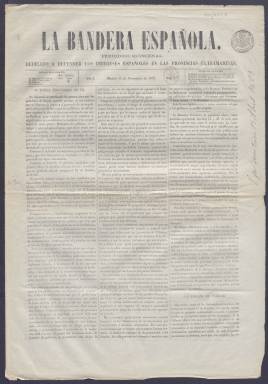
Título: La Bandera española (Madrid)
Colección: Periódicos
Ámbito geográfico: Madrid
Lugar de publicación: Madrid
Fechas: 13/11/1872-13/01/1873